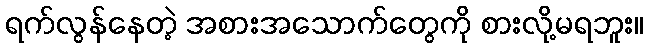
ရက်လွန်နေတဲ့ အစားအသောက်တွေကို စားလို့မရဘူး။